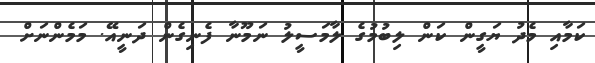
ކަމާއި މެދު ޔަގީން ކަން ލިބުމުގެ ލާމަސީލު ނަމޫނާ ފެނިގެން ދަނީއޭ. މަމެންނަށް